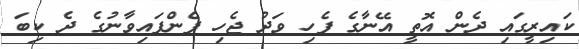
ކައިރީގައި ދެން އޮތީ އޭނާގެ ފެހި ވަދު ޖެހި ފެންފައިވާނުގެ ދެ ކިބަ